Report of the Indian Hemp Drugs Commission, 1894-1895 - Volume V
Year: 1894
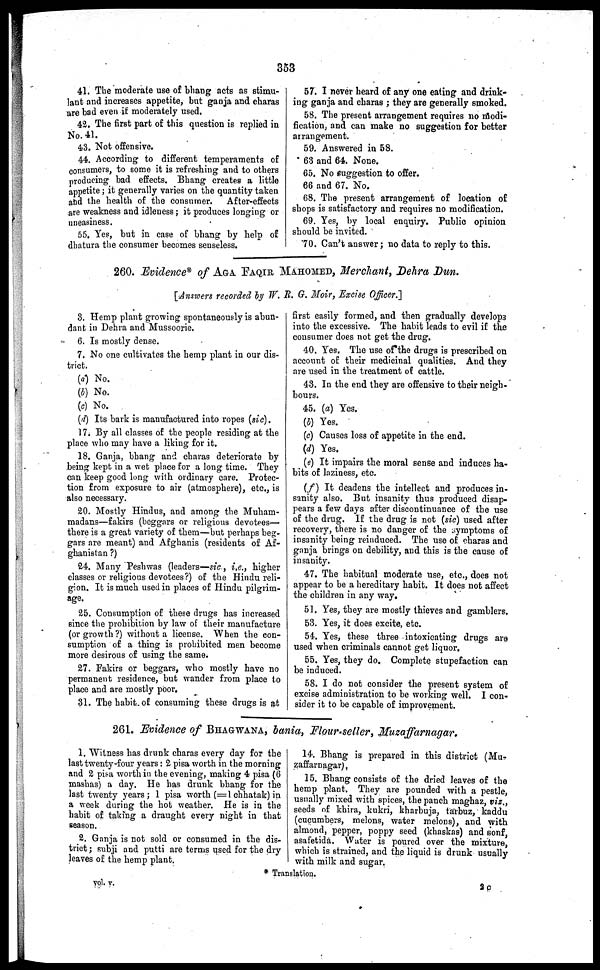
353
41. The moderate use of bhang acts as stimu-
lant and increases appetite, but ganja and charas
are bad even it moderately used.
42. The first part of this question is replied in
No. 41.
43. Not offensive.
44. According to different temperaments of
consumers, to some it is refreshing and to others
producing bad effects. Bhang creates a little
appetite ; it generally varies on the quantity taken
and the health of the consumer.
After-effects
are weakness and idleness ; it produces longing or
uneasiness.
55. Yes, but in case of bhang by help of
dhatura the consumer becomes senseless.
57. I never heard of any one eating and drink-
ing ganja and charas ; they are generally smoked.
58. The present arrangement requires no modi-
fication, and can make no suggestion for better
arrangement.
59. Answered in 58.
63 and 64. None.
65. No suggestion to offer.
66 and 67. No.
68. The present arrangement of location of
shops is satisfactory and requires no modification.
69. Yes, by local enquiry. Public opinion
should be invited.
70. Can't answer ; no data to reply to this.
260. Evidence* of AGA FAQIR MAHOMED, Merchant, Dehra Dun.
[Answers recorded by W. R. G. Moir, Excise Officer.]
3. Hemp plant growing spontaneously is abun-
dant in Dehra and Mussoorie.
6. Is mostly dense.
7. No one cultivates the hemp plant in our dis-
trict.
(a) No.
(b) No.
(c) No.
(d) Its bark is manufactured into ropes (sic).
17. By all classes of the people residing at the
place who may have a liking for it.
18. Ganja, bhang and charas deteriorate by
being kept in a wet place for a long time. They
can keep good long with ordinary care. Protec-
tion from exposure to air (atmosphere), etc., is
also necessary.
20. Mostly Hindus, and among the Muham-
madans—fakirs (beggars or religious devotees—
there is a great variety of them—but perhaps beg-
gars are meant) and Afghanis (residents of Af-
ghanistan ?)
24. Many Peshwas (leaders—sic , i.e., higher
classes or religious devotees?) of the Hindu reli-
gion. It is much used in places of Hindu pilgrim-
age.
25. Consumption of these drugs has increased
since the prohibition by law of their manufacture
(or growth ?) without a license. When the con-
sumption of a thing is prohibited men become
more desirous of using the same.
27. Fakirs or beggars, who mostly have no
permanent residence, but wander from place to
place and are mostly poor.
31. The habit of consuming these drugs is at
first easily formed, and then gradually develops
into the excessive. The habit leads to evil if the
consumer does not get the drug.
40. Yes. The use of the drugs is prescribed on
account of their medicinal qualities. And they
are used in the treatment of cattle.
43. In the end they are offensive to their neigh-
bours.
45. (a) Yes.
(b) Yes.
(c) Causes loss of appetite in the end.
(d) Yes.
(e) It impairs the moral sense and induces ha-
bits of laziness, etc.
(f) It deadens the intellect and produces in-
sanity also. But insanity thus produced disap-
pears a few days after discontinuance of the use
of the drug. If the drug is not (sic) used after
recovery, there is no danger of the symptoms of
insanity being reinduced. The use of charas and
ganja brings on debility, and this is the cause of
insanity.
47. The habitual moderate use, etc., does not
appear to be a hereditary habit. It does not affect
the children in any way,
51. Yes, they are mostly thieves and gamblers.
53. Yes, it does excite, etc.
54. Yes, these three intoxicating drugs are
used when criminals cannot get liquor.
55. Yes, they do. Complete stupefaction can
be induced.
58. I do not consider the present system of
excise administration to be working well. I con-
sider it to be capable of improvement.
261. Evidence of BHAFWANA, bania, Flour-seller, Muzaffarnagar.
1. Witness has drunk charas every day for the
last twenty-four years : 2 pisa worth in the morning
and 2 pisa worth in the evening, making 4 pisa (6
mashas) a day. He has drunk bhang for the
last twenty years ; 1 pisa worth (=1 chhatak) in
a week during the hot weather. He is in the
habit of taking a draught every night in that
season.
2. Ganja is not sold or consumed in the dis-
trict ; subji and putti are terms used for the dry
leaves of the hemp plant.
vol. v.
14. Bhang is prepared in this district (Mu-
zaffarnagar).
15. Bhang consists of the dried leaves of the
hemp plant. They are pounded with a pestle,
usually mixed with spices, the panch maghaz, viz.,
seeds of khira, kukri, kharbuja, tarbuz, kaddu
(cucumbers, melons, water melons), and with
almond, pepper, poppy seed (khaskas) and sonf,
asafetida. Water is poured over the mixture,
which is strained, and the liquid is drunk usually
with milk and sugar.
* Translation.
2 C